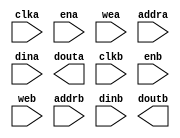
module ise_1kx24_dpram(
  clka,
  ena,
  wea,
  addra,
  dina,
  douta,
  clkb,
  enb,
  web,
  addrb,
  dinb,
  doutb
);

input clka;
input ena;
input [0 : 0] wea;
input [9 : 0] addra;
input [23 : 0] dina;
output [23 : 0] douta;
input clkb;
input enb;
input [0 : 0] web;
input [9 : 0] addrb;
input [23 : 0] dinb;
output [23 : 0] doutb;

// synthesis translate_off

  BLK_MEM_GEN_V6_1 #(
    .C_ADDRA_WIDTH(10),
    .C_ADDRB_WIDTH(10),
    .C_ALGORITHM(1),
    .C_AXI_ID_WIDTH(4),
    .C_AXI_SLAVE_TYPE(0),
    .C_AXI_TYPE(1),
    .C_BYTE_SIZE(9),
    .C_COMMON_CLK(0),
    .C_DEFAULT_DATA("0"),
    .C_DISABLE_WARN_BHV_COLL(0),
    .C_DISABLE_WARN_BHV_RANGE(0),
    .C_FAMILY("spartan3"),
    .C_HAS_AXI_ID(0),
    .C_HAS_ENA(1),
    .C_HAS_ENB(1),
    .C_HAS_INJECTERR(0),
    .C_HAS_MEM_OUTPUT_REGS_A(0),
    .C_HAS_MEM_OUTPUT_REGS_B(0),
    .C_HAS_MUX_OUTPUT_REGS_A(0),
    .C_HAS_MUX_OUTPUT_REGS_B(0),
    .C_HAS_REGCEA(0),
    .C_HAS_REGCEB(0),
    .C_HAS_RSTA(0),
    .C_HAS_RSTB(0),
    .C_HAS_SOFTECC_INPUT_REGS_A(0),
    .C_HAS_SOFTECC_OUTPUT_REGS_B(0),
    .C_INIT_FILE_NAME("no_coe_file_loaded"),
    .C_INITA_VAL("0"),
    .C_INITB_VAL("0"),
    .C_INTERFACE_TYPE(0),
    .C_LOAD_INIT_FILE(0),
    .C_MEM_TYPE(2),
    .C_MUX_PIPELINE_STAGES(0),
    .C_PRIM_TYPE(1),
    .C_READ_DEPTH_A(1024),
    .C_READ_DEPTH_B(1024),
    .C_READ_WIDTH_A(24),
    .C_READ_WIDTH_B(24),
    .C_RST_PRIORITY_A("CE"),
    .C_RST_PRIORITY_B("CE"),
    .C_RST_TYPE("SYNC"),
    .C_RSTRAM_A(0),
    .C_RSTRAM_B(0),
    .C_SIM_COLLISION_CHECK("ALL"),
    .C_USE_BYTE_WEA(0),
    .C_USE_BYTE_WEB(0),
    .C_USE_DEFAULT_DATA(0),
    .C_USE_ECC(0),
    .C_USE_SOFTECC(0),
    .C_WEA_WIDTH(1),
    .C_WEB_WIDTH(1),
    .C_WRITE_DEPTH_A(1024),
    .C_WRITE_DEPTH_B(1024),
    .C_WRITE_MODE_A("WRITE_FIRST"),
    .C_WRITE_MODE_B("WRITE_FIRST"),
    .C_WRITE_WIDTH_A(24),
    .C_WRITE_WIDTH_B(24),
    .C_XDEVICEFAMILY("spartan3")
  )
  inst (
    .CLKA(clka),
    .ENA(ena),
    .WEA(wea),
    .ADDRA(addra),
    .DINA(dina),
    .DOUTA(douta),
    .CLKB(clkb),
    .ENB(enb),
    .WEB(web),
    .ADDRB(addrb),
    .DINB(dinb),
    .DOUTB(doutb),
    .RSTA(),
    .REGCEA(),
    .RSTB(),
    .REGCEB(),
    .INJECTSBITERR(),
    .INJECTDBITERR(),
    .SBITERR(),
    .DBITERR(),
    .RDADDRECC(),
    .S_ACLK(),
    .S_ARESETN(),
    .S_AXI_AWID(),
    .S_AXI_AWADDR(),
    .S_AXI_AWLEN(),
    .S_AXI_AWSIZE(),
    .S_AXI_AWBURST(),
    .S_AXI_AWVALID(),
    .S_AXI_AWREADY(),
    .S_AXI_WDATA(),
    .S_AXI_WSTRB(),
    .S_AXI_WLAST(),
    .S_AXI_WVALID(),
    .S_AXI_WREADY(),
    .S_AXI_BID(),
    .S_AXI_BRESP(),
    .S_AXI_BVALID(),
    .S_AXI_BREADY(),
    .S_AXI_ARID(),
    .S_AXI_ARADDR(),
    .S_AXI_ARLEN(),
    .S_AXI_ARSIZE(),
    .S_AXI_ARBURST(),
    .S_AXI_ARVALID(),
    .S_AXI_ARREADY(),
    .S_AXI_RID(),
    .S_AXI_RDATA(),
    .S_AXI_RRESP(),
    .S_AXI_RLAST(),
    .S_AXI_RVALID(),
    .S_AXI_RREADY(),
    .S_AXI_INJECTSBITERR(),
    .S_AXI_INJECTDBITERR(),
    .S_AXI_SBITERR(),
    .S_AXI_DBITERR(),
    .S_AXI_RDADDRECC()
  );

// synthesis translate_on

endmodule